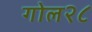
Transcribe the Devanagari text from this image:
गोल२८